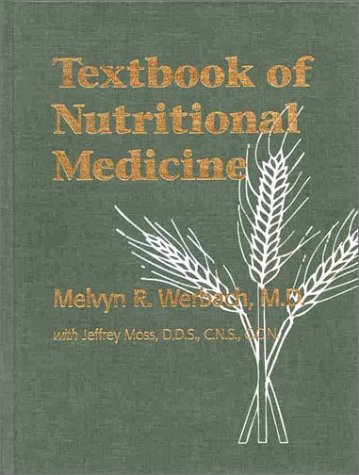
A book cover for Textbook of Nutritional Medicine; Melvyn R. Werbach; Medical Books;